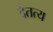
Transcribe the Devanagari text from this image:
दैतत्य